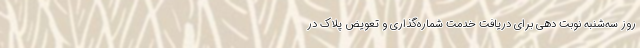
روز سه‌شنبه نوبت دهی برای دریافت خدمت شماره‌گذاری و تعویض پلاک در